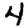
Digit: 4